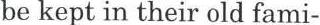
be kept in their old fami-